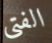
الفتى